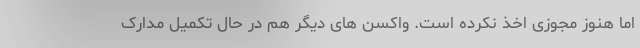
اما هنوز مجوزی اخذ نکرده است. واکسن های دیگر هم در حال تکمیل مدارک